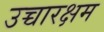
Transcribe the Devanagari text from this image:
उच्चारक्षम